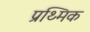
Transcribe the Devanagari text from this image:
प्रथ्मिक